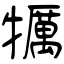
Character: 犡